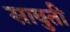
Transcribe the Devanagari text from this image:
सावुती